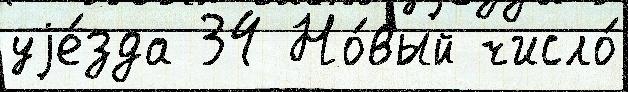
уjе́зда 34 Но́вый число́